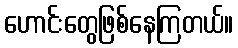
ဟောင်းတွေဖြစ်နေကြတယ်။